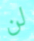
لن